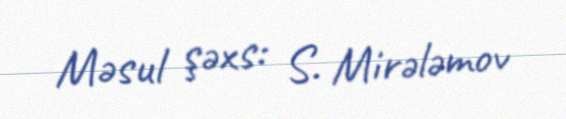
Məsul şəxs: S. Mirələmov